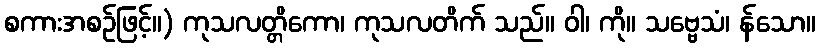
စကားအစဉ်ဖြင့်။) ကုသလတ္တိကော၊ ကုသလတိက် သည်။ ဝါ၊ ကို။ သဗ္ဗေသံ၊ န်သော။